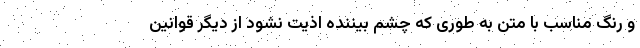
و رنگ مناسب با متن به طوری که چشم بیننده اذیت نشود از دیگر قوانین